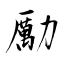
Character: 勵